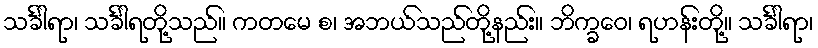
သင်္ခါရာ၊ သင်္ခါရတို့သည်။ ကတမေ စ၊ အဘယ်သည်တို့နည်း။ ဘိက္ခဝေ၊ ရဟန်းတို့။ သင်္ခါရာ၊